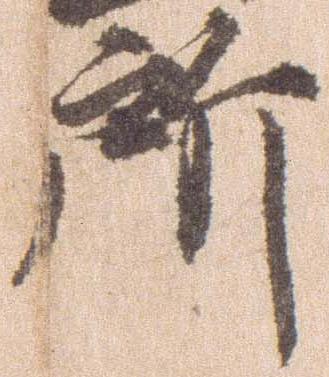
所